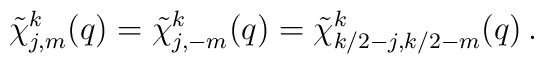
\tilde{\chi}_{j,m}^{k}(q)=\tilde{\chi}_{j,-m}^{k}(q)= \tilde{\chi}_{k/2-j,k/2-m}^{k}(q) \, .